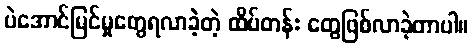
ပဲအောင်မြင်မှုတွေရလာခဲ့တဲ့ ထိပ်တန်း တွေဖြစ်လာခဲ့တာပါ။